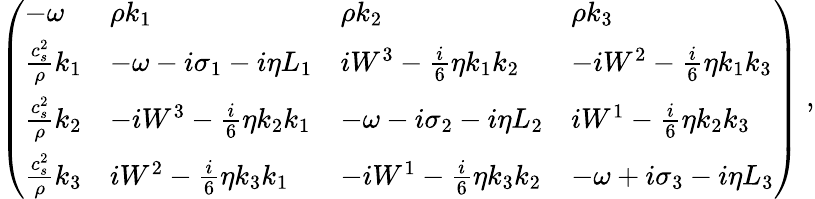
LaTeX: \left(\begin{array}{llll}{-{\omega}}&{\rho k_{1}}&{\rho k_{2}}&{\rho k_{3}}\\ {\frac{c_{s}^{2}}{\rho}k_{1}}&{-{\omega}-i\sigma_{1}-i\eta L_{1}}&{iW^{3}-\frac{i}{6}\eta k_{1}k_{2}}&{-iW^{2}-\frac{i}{6}\eta k_{1}k_{3}}\\ {\frac{c_{s}^{2}}{\rho}k_{2}}&{-iW^{3}-\frac{i}{6}\eta k_{2}k_{1}}&{-{\omega}-i\sigma_{2}-i\eta L_{2}}&{iW^{1}-\frac{i}{6}\eta k_{2}k_{3}}\\ {\frac{c_{s}^{2}}{\rho}k_{3}}&{iW^{2}-\frac{i}{6}\eta k_{3}k_{1}}&{-iW^{1}-\frac{i}{6}\eta k_{3}k_{2}}&{-{\omega}+i\sigma_{3}-i\eta L_{3}}\end{array}\right)\; ,